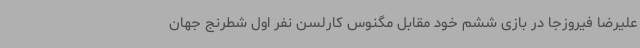
علیرضا فیروزجا در بازی ششم خود مقابل مگنوس کارلسن نفر اول شطرنج جهان